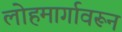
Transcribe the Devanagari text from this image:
लोहमार्गावरून